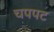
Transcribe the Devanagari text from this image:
चपपट